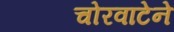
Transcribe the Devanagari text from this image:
चोरवाटेने